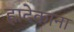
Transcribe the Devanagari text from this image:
ह्रादेकाना